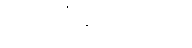
ပဋိသင်္ခါနဗလသုတ္တံ